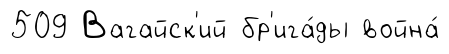
509 Вагайск'ий бр'ига́ды война́